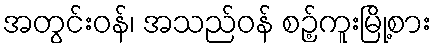
အတွင်းဝန်၊ အသည်ဝန် စဉ့်ကူးမြို့စား